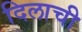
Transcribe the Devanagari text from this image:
दिलाची